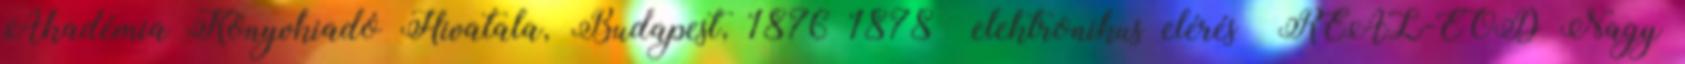
Akadémia Könyvkiadó Hivatala, Budapest, 1876–1878 →elektronikus elérésː REAL-EOD Nagy